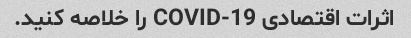
اثرات اقتصادی COVID-19 را خلاصه کنید.